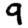
Digit: 9